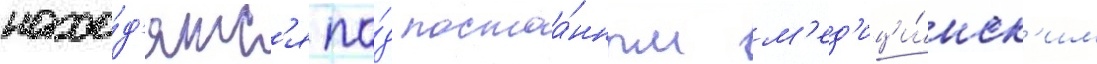
нахо́д'ятс'я по́д постоа́нным м'ед'ици́нск'им